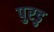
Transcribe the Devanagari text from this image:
पुरडु